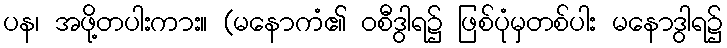
ပန၊ အဖို့တပါးကား။ (မနောကံ၏ ဝစီဒွါရ၌ ဖြစ်ပုံမှတစ်ပါး မနောဒွါရ၌